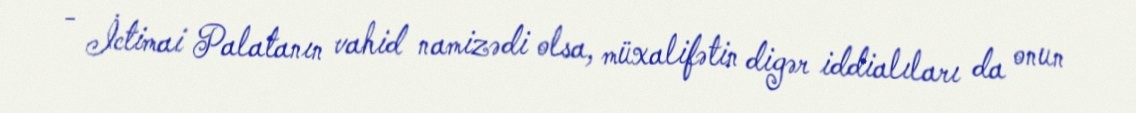
- İctimai Palatanın vahid namizədi olsa, müxalifətin digər iddialıları da onun